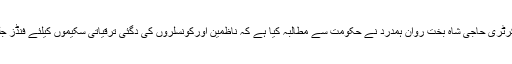
سوات(جی پی آئی)مشترکہ ناظم کونسلرز اتحاد تحصیل بابوزئی سوات کے جنرل سیکرٹری حاجی شاہ بخت روان ہمدرد نے حکومت سے مطالبہ کیا ہے کہ ناظمین اورکونسلروں کی دگئی ترقیاتی سکیموں کیلئے فنڈز جلد ریلیز کیاجائیں تاکہ جون سے پہلے یہ اسکیمیں مکمل ہوجائیں اور فنڈ واپس نہ ہوں۔